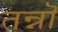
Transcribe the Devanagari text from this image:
तन्नॊ